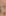
: